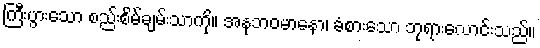
ကြီးပွားသော စည်းစိမ်ချမ်းသာကို။ အနုဘဝမာနော၊ ခံစားသော ဘုရားလောင်းသည်။